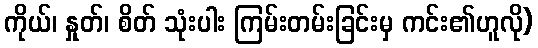
ကိုယ်၊ နှုတ်၊ စိတ် သုံးပါး ကြမ်းတမ်းခြင်းမှ ကင်း၏ဟူလို)